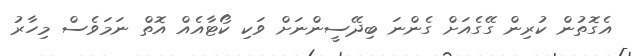
އެގޮތުން ކުރިން ގޭގެއަށް ގެންނަ ބިދޭސީންނަށް ވަކި ކޯޓާއެއް އޮތް ނަމަވެސް މިހާރު